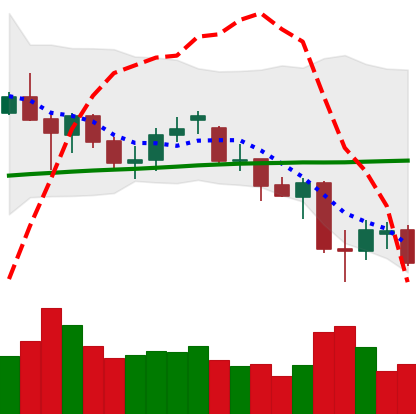
Ticker: ETH-USD
Chart end date: 2021-06-25
Forward return: 25.443%
Label: up_7plus